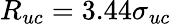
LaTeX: R_{uc}=3.44\sigma_{uc}